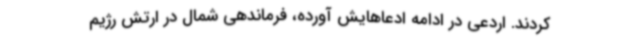
کردند. اردعی در ادامه ادعاهایش آورده، فرماندهی شمال در ارتش رژیم